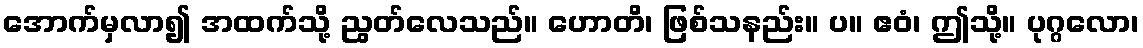
အောက်မှလာ၍ အထက်သို့ ညွတ်လေသည်။ ဟောတိ၊ ဖြစ်သနည်း။ ပ။ ဧဝံ၊ ဤသို့။ ပုဂ္ဂလော၊